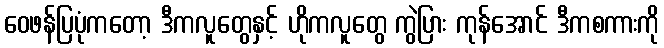
ဝေဖန်ပြပုံကတော့ ဒီကလူတွေနှင့် ဟိုကလူတွေ ကွဲပြား ကုန်အောင် ဒီကစကားကို